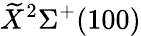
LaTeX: \widetilde{X}^{2}\Sigma^{+}(100)